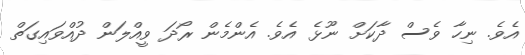
އެވެ. ނިހާ ވެސް ދާކަށް ނޫޅެ އެވެ. އެންމެން ރޯދަ ވީއްލަން ދުއްވައިގަތް